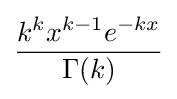
{\frac {k^{k}x^{k-1}e^{-kx}}{\Gamma (k)}}